Annual statistical returns and brief notes on vaccination in Bengal - 1887-1898
Year: 1887
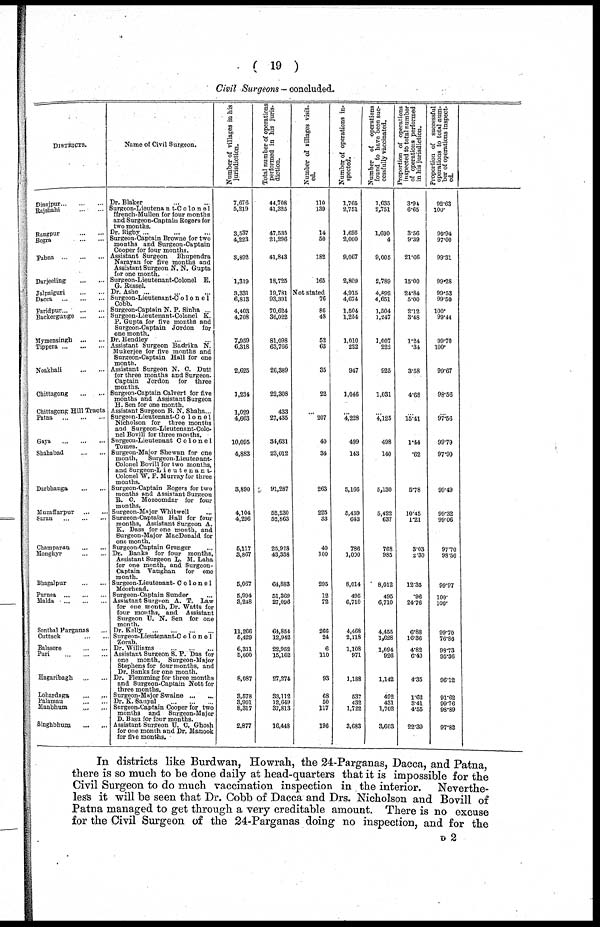
( 19 )
Civil Surgeons — concluded.
DISTRICTS.
Dinajpur...
...
...
Rajshahi... ...
Rangpur...
...
Bogra...
...
Pubna...
...
Darjeeling...
...
Jalpaiguri...
...
Dacca ... ... ... ...
Faridpur...
...
...
Backergunge... ... ...
Mymensingh...
...
Tippera...
...
...
Noakhali...
...
Chittagong... ... ...
Chittagong Hill Tracts
Patna... ... ... ... ...
Gaya...
...
...
Shahabad... ...
Darbhanga...
...
...
Huzaffarpur... ... ...
Saran...
...
...
Champaran... ...
Monghyr...
...
...
Bhagalpur...
...
...
Purnea
...
...
...
Malda ... ... ... ...
Sonthal Parganas... ...
Cuttack ... ... ...
Balasore...
...
...
Puri
...
...
...
Hagaribagh... ...
Lohardaga... ... ...
Palamau... ...
Manbhum... ...
Singhbhum...
...
Name of Civil Surgeon.
Dr. Blaker ... ...
Surgeon-Lieutenant-Colonel
ffrench-Mullen for four months
and Surgeon-Captain Rogers for
two months.
Dr. Rigby... ... ...
Surgeon-Captain Browne for two
months and Surgeon-Captain
Cooper for four months.
Assistant Surgeon Bhupendra
Narayan for five months and
Assistant Surgeon N. N. Gupta
for one month.
Surgeon-Lieutenant-Colonel E.
G. Russel.
Dr. Ashe... ... ... ...
Surgeon-Lieutenant-Co1onel
Cobb.
Surgeon-Captain N. P. Sinha... ... ... ...
Surgeon-Lieutenant-Colonel K.
P. Gupta for five months and
Surgeon-Captain Jordon for
one month.
Dr. Hendley... ...
Assistant Surgeon Badrika N.
Mukerjee for five months and
Surgeon-Captain Hall for one
month.
Assistant Surgeon N. C. Dutt
for three months and Surgeon-
Captain Jordon for three
months.
Surgeon-Captain Calvert for five
months and Assistant Surgeon
H. Sen for one month.
Assistant Surgeon B. N. Shaha...
Surgeon-Lieutenant-Co1onel
Nicholson for three months
and Surgeon-Lieutenant-Colo-
nel Bovill for three months.
Surgeon-Lieutenant Colonel
Tomes.
Surgeon-Major Shewan for one
month, Surgeon-Lieutenant-
Colonel Bovill for two months,
and Surgeon-Lieutenant-
Colonel W. P. Murray for three
months.
Surgeon-Captain Rogers for two
months and Assistant Surgeon
R. C. Mozoomdar for four
months.
Surgeon-Major Whitwell... ...
Surgeon-Captain Hall for four
months, Assistant Surgeon A.
K. Dass for one month, and
Surgeon-Major MacDonald for
one month.
Surgeon-Captain Granger...
Dr. Banks for four months,
Assistant Surgeon L. M. Laha
for one month, and Surgeon-
Captain Vaughan for one
month.
Surgeon-Lieutenant- Colonel
Moorhead.
Surgeon-Captain Sunder... ...
Assistant Surgeon A. T. Law
for one month, Dr. Watts for
four months, and Assistant
Surgeon U. N. Sen for one
month.
Dr. Kelly...
...
...
...
Surgeon-Lieutepant-Colonel
Zorab.
Dr. Williams ... ... ...
Assistant Surgeon S. P. Das for
one month, Surgeon-Major
Stephens for four months, and
Dr. Banks for one month.
Dr. Flemming for three months
and Surgeon-Captain Nott for
three months.
Surgeon-Major Swaine ... ...
Dr. K.Sanyal... ... ... ...
Surgeon-Captain Cooper for two
months and Surgeon-Major
D. Basu for four months.
Assistant Surgeon U. C. Ghosh
for one month and Dr. Manook
for five months.
Number of villages in his
jurisdiction.
7,676
5,219
3,537
4,223
3,892
1,319
3,331
6,813
4,403
4,708
7,959
6,318
2,625
1,234
1,029
4,663
10,095
4,883
3,890
4,104
4,296
5,117
3,867
5,067
5,994
3,248
11,266
5,429
6,311
5,000
8,087
3,578
3,901
8,317
2,877
Total number of operations
performed in his juris-
diction.
44,708
41,325
47,535
21,296
41,843
18,725
19,781
93,391
70,624
36,022
81,098
63,766
26,389
22,308
433
27,435
34,631
23,012
91,287
52,230
52,863
25,928
43,358
64,883
51,369
27,096
64,854
12,942
22,952
15,162
27,274
33,112
12,649
37,813
16,448
Number of villages visit¬
ed.
110
139
14
50
182
165
Not stated
76
86
48
52
63
35
22
... 207
40
34
263
225
33
40
100
295
12
72
266
24
6
110
93
68
50
117
196
Number of operations in-
spected.
1,765
2,751
1,695
2,000
9,067
2,809
4,915
4,674
1,504
1,254
1,010
222
947
1,046
... 4,228
499
143
5,166
5,459
643
786
1,000
8,014
495
6,710
4,468
2,118
1,108
971
1,188
537
432
1,722
3,683
Number of operations
found to have been suc-
cessfully
vaccinated.
1,635
2,751
1,690
4
9,005
2,789
4,892
4,651
1,504
1,247
1,007
222
925
1,031
... 4,125
498
140
5,130
5,422
637
768
985
8,012
495
6,710
4,455
1,628
1,094
926
1,142
492
431
1,702
3,603
Proportion of operations
inspected to total number
of operations performed
in
his
jurisdiction.
3.94
6.65
3.56
9.39
21.66
15.00
24.84
5.00
2.12
3.48
1.24
.34
3.58
4.68
... 15.41
1.44
.62
5.78
10.45
1.21
3.03
2.30
12.35
.96
24.76
6.88
16.36
4.82
6.40
4.35
1.62
3.41
4.55
22.39
Proportion of successful
operations to total num-
ber of operations inspect-
ed.
92.63
100.
99.94
97.00
99.31
99.28
99.53
99.50
100.
99.44
99.70
100.
99.67
98.56
... 97.56
99.79
97.90
99.49
99.32
99.06
97.70
98.50
99.97
100.
100.
99.70
76.86
98.73
95.36
96.12
91.62
99.76
98.89
97.82
...
...
...
In districts like Burdwan, Howrah, the 24-Parganas, Dacca, and Patna,
there is so much to be done daily at head-quarters that it is impossible for the
Civil Surgeon to do much vaccination inspection in the interior.
Neverthe-
less it will be seen that Dr. Cobb of Dacca and Drs. Nicholson and Bovill of
Patna managed to get through a very creditable amount. There is no excuse
for the Civil Surgeon of the 24-Parganas doing no inspection, and for the
D 2